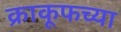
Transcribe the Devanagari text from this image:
क्राकूफच्या